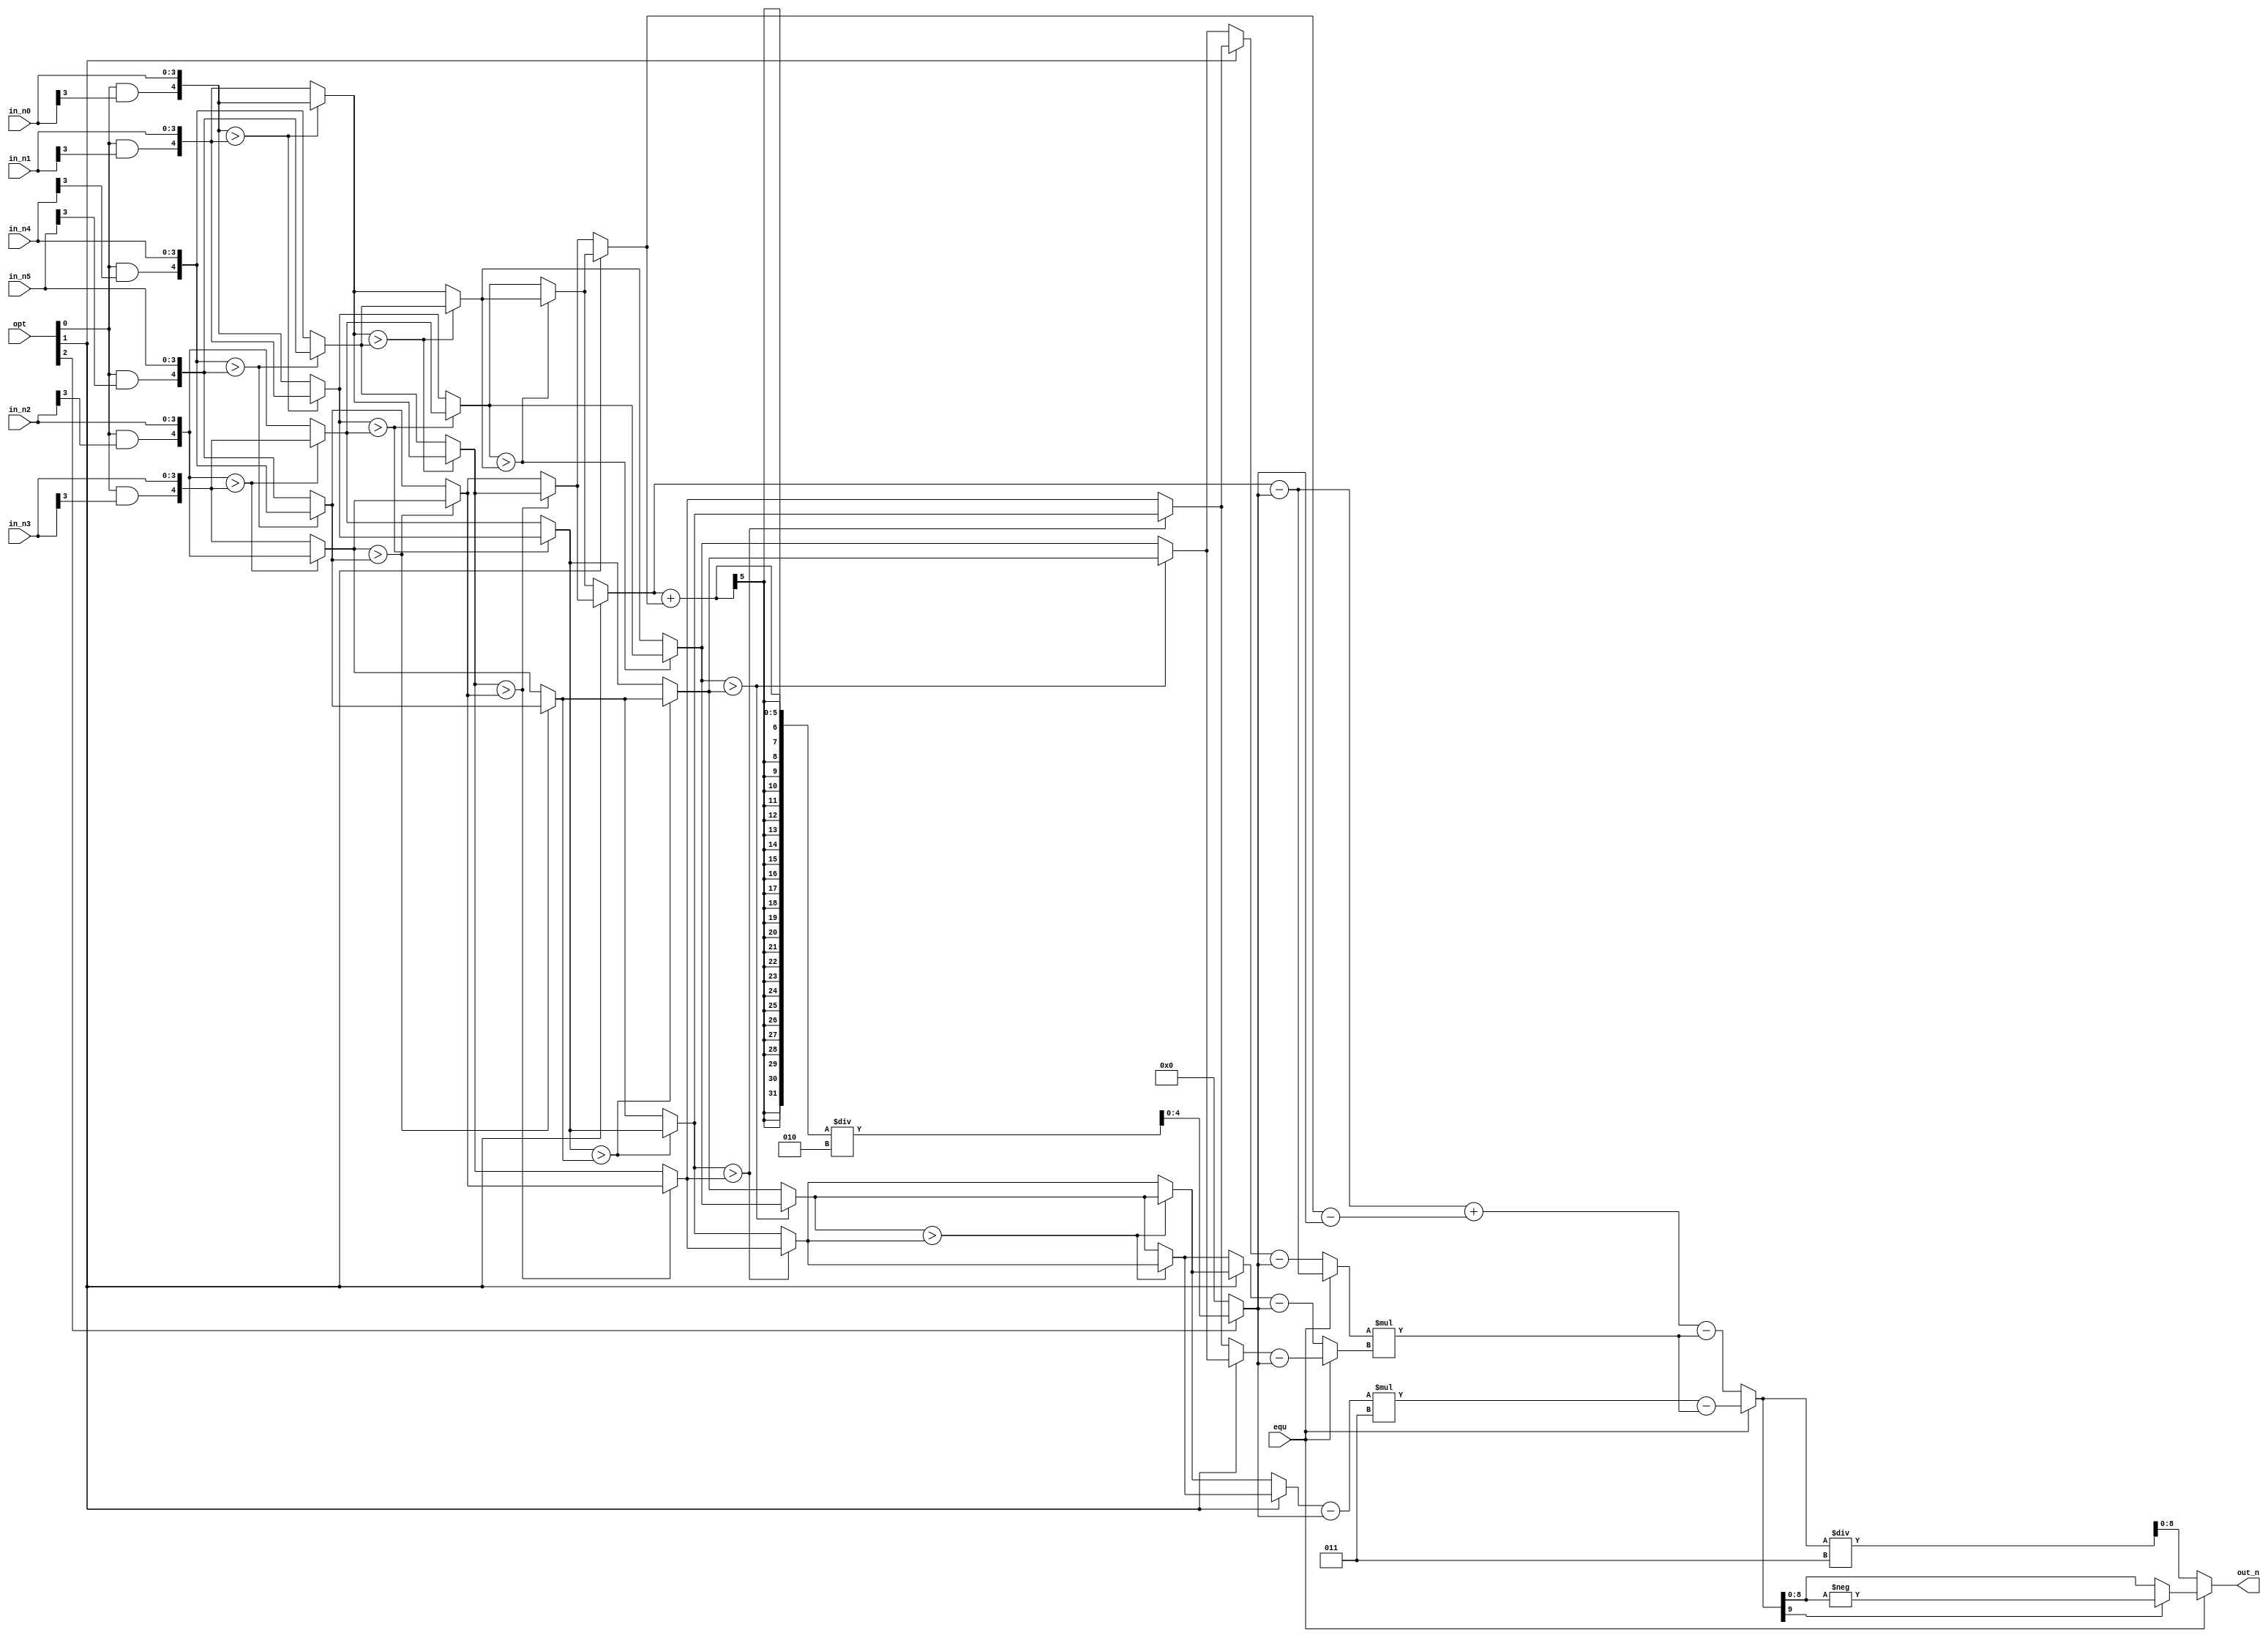
module CC(
	in_n0,
	in_n1, 
	in_n2, 
	in_n3, 
    in_n4, 
	in_n5, 
	opt,
    equ,
	out_n
);
//================================================================
//    INPUT AND OUTPUT DECLARATION                         
//================================================================
input [3:0] in_n0, in_n1, in_n2, in_n3, in_n4, in_n5;
input [2:0] opt;
input equ;

output [8:0] out_n;
//================================================================
//    Wire & Registers 
//================================================================

// signed/unsigned
wire signed [4:0] n0, n1, n2, n3, n4, n5;

// merge sort
wire signed [4:0] a0, a1, a2, a3, a4, a5;
wire signed [4:0] b0, b1, b2, b3, b4, b5;
wire signed [4:0] c0, c1, c2, c3, c4, c5;
wire signed [4:0] d0, d1, d2, d3;
wire signed [4:0] e0, e1;
wire signed [4:0] sort0, sort1, sort2, sort3, sort4, sort5;

// normalization
wire signed [4:0] avg;
wire signed [4:0] norm0, norm1, norm2, norm3, norm4, norm5;

// equation calculation
wire signed [4:0] g0, g1;
wire signed [9:0] h0;
wire signed [9:0] i0;

//================================================================
//    DESIGN
//================================================================

// signed/unsigned	
assign n0 = {opt[0]&in_n0[3], in_n0};
assign n1 = {opt[0]&in_n1[3], in_n1};
assign n2 = {opt[0]&in_n2[3], in_n2};
assign n3 = {opt[0]&in_n3[3], in_n3};
assign n4 = {opt[0]&in_n4[3], in_n4};
assign n5 = {opt[0]&in_n5[3], in_n5};

// merge sort 1st level
assign a0 = (n0>n1) ? n1 : n0;
assign a1 = (n0>n1) ? n0 : n1;

assign a2 = (n2>n3) ? n3 : n2;
assign a3 = (n2>n3) ? n2 : n3;

assign a4 = (n4>n5) ? n5 : n4;
assign a5 = (n4>n5) ? n4 : n5;

// merge sort 2nd level
assign b0 = (a0>a2) ? a2 : a0;
assign b1 = (a0>a2) ? a0 : a2;

assign b2 = (a1>a4) ? a4 : a1;
assign b3 = (a1>a4) ? a1 : a4;

assign b4 = (a3>a5) ? a5 : a3;
assign b5 = (a3>a5) ? a3 : a5;

// merge sort 3rd level
assign c0 = (b0>b2) ? b2 : b0;
assign c1 = (b0>b2) ? b0 : b2;

assign c2 = (b1>b4) ? b4 : b1;
assign c3 = (b1>b4) ? b1 : b4;

assign c4 = (b3>b5) ? b5 : b3;
assign c5 = (b3>b5) ? b3 : b5;

// merge sort 4th level
assign d0 = (c1>c2) ? c2 : c1;
assign d1 = (c1>c2) ? c1 : c2;

assign d2 = (c3>c4) ? c4 : c3;
assign d3 = (c3>c4) ? c3 : c4;

// merge sort 5th level
assign e0 = (d1>d2) ? d2 : d1;
assign e1 = (d1>d2) ? d1 : d2;

// sort in descending order or ascending order
assign sort0 = opt[1] ? c5 : c0;
assign sort1 = opt[1] ? d3 : d0;
assign sort2 = opt[1] ? e1 : e0;
assign sort3 = opt[1] ? e0 : e1;
assign sort4 = opt[1] ? d0 : d3;
assign sort5 = opt[1] ? c0 : c5;

// normalization
assign avg = opt[2] ? (sort0+sort5)/2 : 0;

assign norm0 = sort0 - avg;
assign norm1 = sort1 - avg;
assign norm2 = sort2 - avg;
assign norm3 = sort3 - avg;
assign norm4 = sort4 - avg;
assign norm5 = sort5 - avg;

// equation calculation mult section
assign g0 = equ ? norm0 : norm1;
assign g1 = equ ? norm4 : norm2;

assign h0 = g0 * g1;

// equation calculation minus section
assign i0 = equ ? norm3*3 - h0 : norm0+norm5 - h0;

// output
assign out_n = equ ? (i0[9] ? -i0 : i0) : i0/3;

endmodule